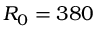
R _ { 0 } = 3 8 0